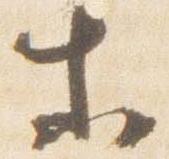
等